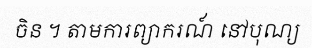
ចិន ។ តាមការព្យាករណ៍ នៅបុណ្យ